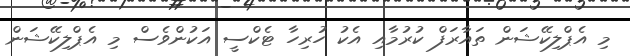
މި އެޕްލިކޭޝަން ތައާރަފް ކުރުމާއި އެކު ހުރިހާ ޓެކްސީ އަކުންވެސް މި އެޕްލިކޭޝަން